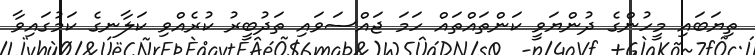
ތިޔަބައި މީހުންގެ ދުންޔަވީ ކަންތައްތައް ހަމަ ޖައްސަވައި ތަދުބީރު ކުރެއްވި ކަލާނގެ ކަމުގައިވާ